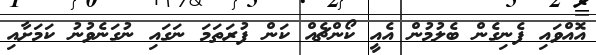
އޮއްވައި ފެނިގެން ބެލުމުން އެއީ ކޯންޗެއް ކަން ފުރަތަމަ ނަގައި ނުގަނެވުނު ކަމަށާއި